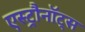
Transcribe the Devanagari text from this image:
एस्ट्रौनॉट्स